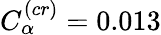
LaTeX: C_{\alpha}^{(cr)}=0.013